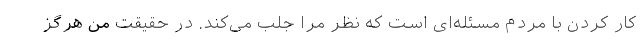
کار کردن با مردم مسئله‌ای است که نظر مرا جلب می‌کند. در حقیقت من هرگز